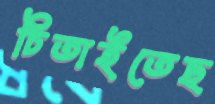
চিতাইতেছ